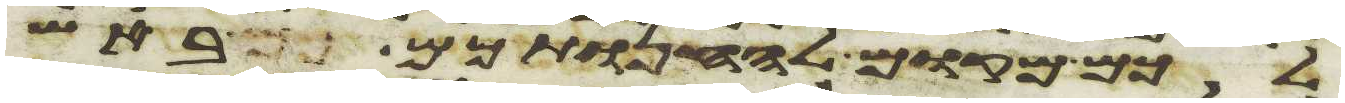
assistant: לכם מקום להחנותכם באש